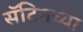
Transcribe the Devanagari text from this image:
सॅटिनच्या